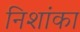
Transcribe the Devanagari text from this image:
निशांका